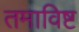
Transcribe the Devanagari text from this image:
तमाविष्ट